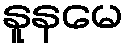
နူနမေ